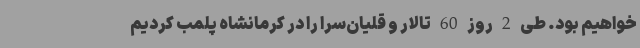
خواهیم بود. طی 2 روز 60 تالار و قلیان‌سرا را در کرمانشاه پلمب کردیم